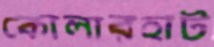
কোলারহাট